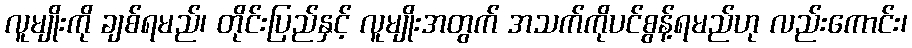
လူမျိုးကို ချစ်ရမည်၊ တိုင်းပြည်နှင့် လူမျိုးအတွက် အသက်ကိုပင်စွန့်ရမည်ဟု လည်းကောင်း၊